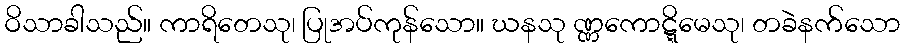
ဝိသာခါသည်။ ကာရိတေသု၊ ပြုအပ်ကုန်သော။ ဃနသု ဏ္ဏကောဋ္ဋိမေသု၊ တခဲနက်သော